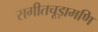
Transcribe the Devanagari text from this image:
सगीतचूड़ामणि